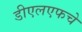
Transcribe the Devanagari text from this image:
डीएलएफचे